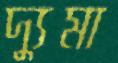
দ্যুমা